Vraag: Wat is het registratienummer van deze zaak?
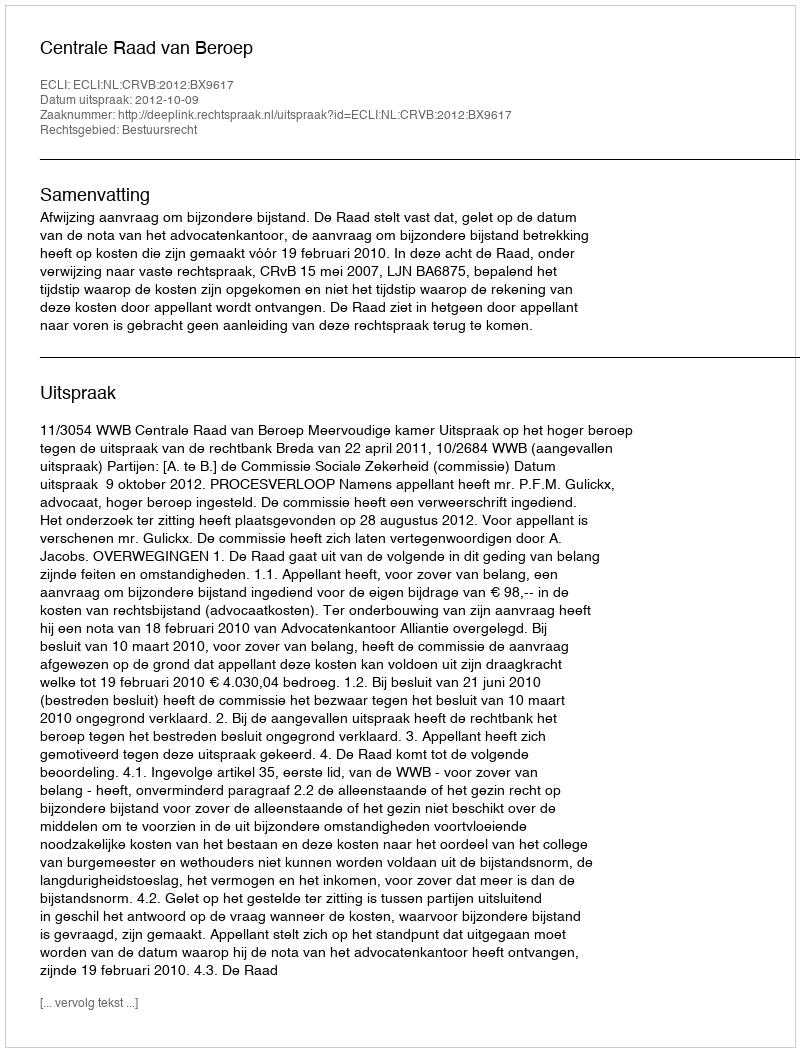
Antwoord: http://deeplink.rechtspraak.nl/uitspraak?id=ECLI:NL:CRVB:2012:BX9617